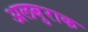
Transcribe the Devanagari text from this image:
अलबुराक